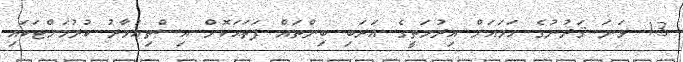
13 ވަނަ ޤަރުނުގެ ހަމައަށް އިރުމަތީގެ ޢަރަބި ބިންތައް ފަތަޙަކޮށް އިސްތިޢުމާރު ކުރުމަށްޓަކައި